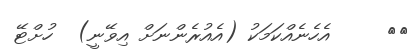
٢٦     އެހެނެއްކަމަކު (އެއުރެންނަށް އިވޭނީ)  ހުށްޓޭ